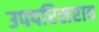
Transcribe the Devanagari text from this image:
उपपरिसरात